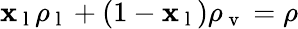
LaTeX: \mathbf{x}_{\mathrm{{~l~}}}\rho_{\mathrm{{~l~}}}+(1-\mathbf{x}_{\mathrm{{~l~}}})\rho_{\mathrm{{~v~}}}=\rho